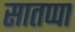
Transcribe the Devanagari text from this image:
सातप्पा